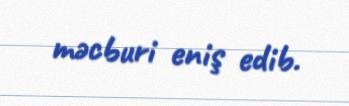
məcburi eniş edib.